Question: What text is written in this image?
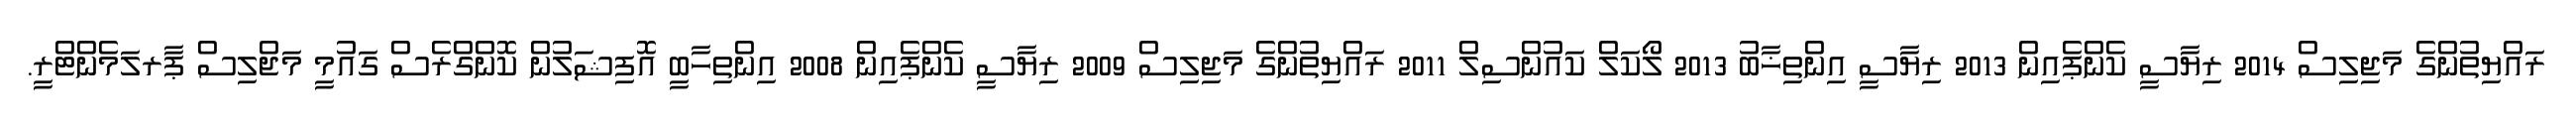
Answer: ރައްޔިތުންގެ މަޖިލިސް 2014 ރިޔާސީ ކެންޕެއިން 2013 ރިޔާސީ އިންތިޚާބު 2013 ލޯކަލް ކައުންސިލް 2011 ރައްޔިތުންގެ މަޖިލިސް 2009 ރިޔާސީ ކެންޕެއިން 2008 އިންތިހާބީ އޮފިޝަލުން ކޮންގްރެސް ގައުމީ މަޖްލިސް ޕާރލަމެންޓްރީ.